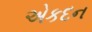
એકદન